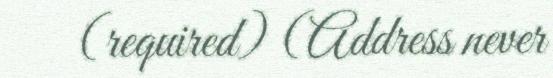
(required) (Address never